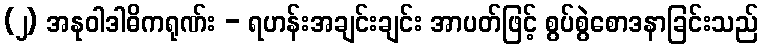
(၂) အနုဝါဒါဓိကရုဏ်း - ရဟန်းအချင်းချင်း အာပတ်ဖြင့် စွပ်စွဲစောဒနာခြင်းသည်